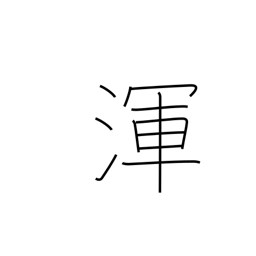
Meaning: all